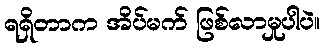
ရရှိတာက အိပ်မက် ဖြစ်လာမှုပါပဲ။